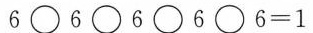
6\Box6\Box6\Box6\Box6=1